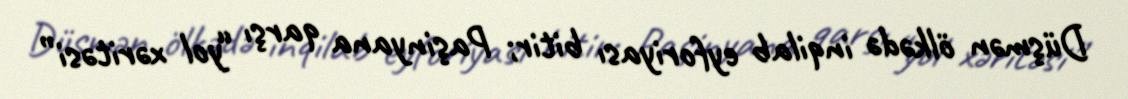
Düşmən ölkədə inqilab eyforiyası bitir; Paşinyana qarşı “yol xəritəsi”